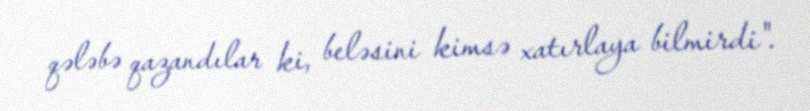
qələbə qazandılar ki, beləsini kimsə xatırlaya bilmirdi".